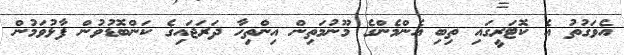
އެވަގުތު އެ ކޮޓަރީގައި ތިބި އެންމެންގެ މޫނުމަތިން އިންތިހާ ދަރަޖައިގެ ކަންބޮޑުވުން ފާޅުވަމުން